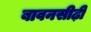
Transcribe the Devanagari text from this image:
बावनसीढ़ी